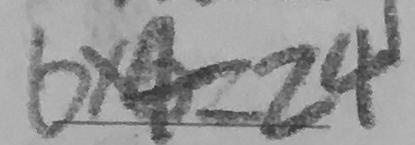
6 \times 4 = 2 4